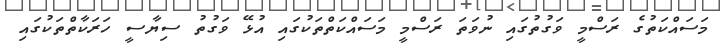
މަސައްކަތުގެ ރަސްމީ ވަގުތުގައި ނުވަތަ ރަސްމީ މަސައްކަތްތަކުގައި އުޅޭ ވަގުތު ސިޔާސީ ހަރަކާތްތަކުގައި